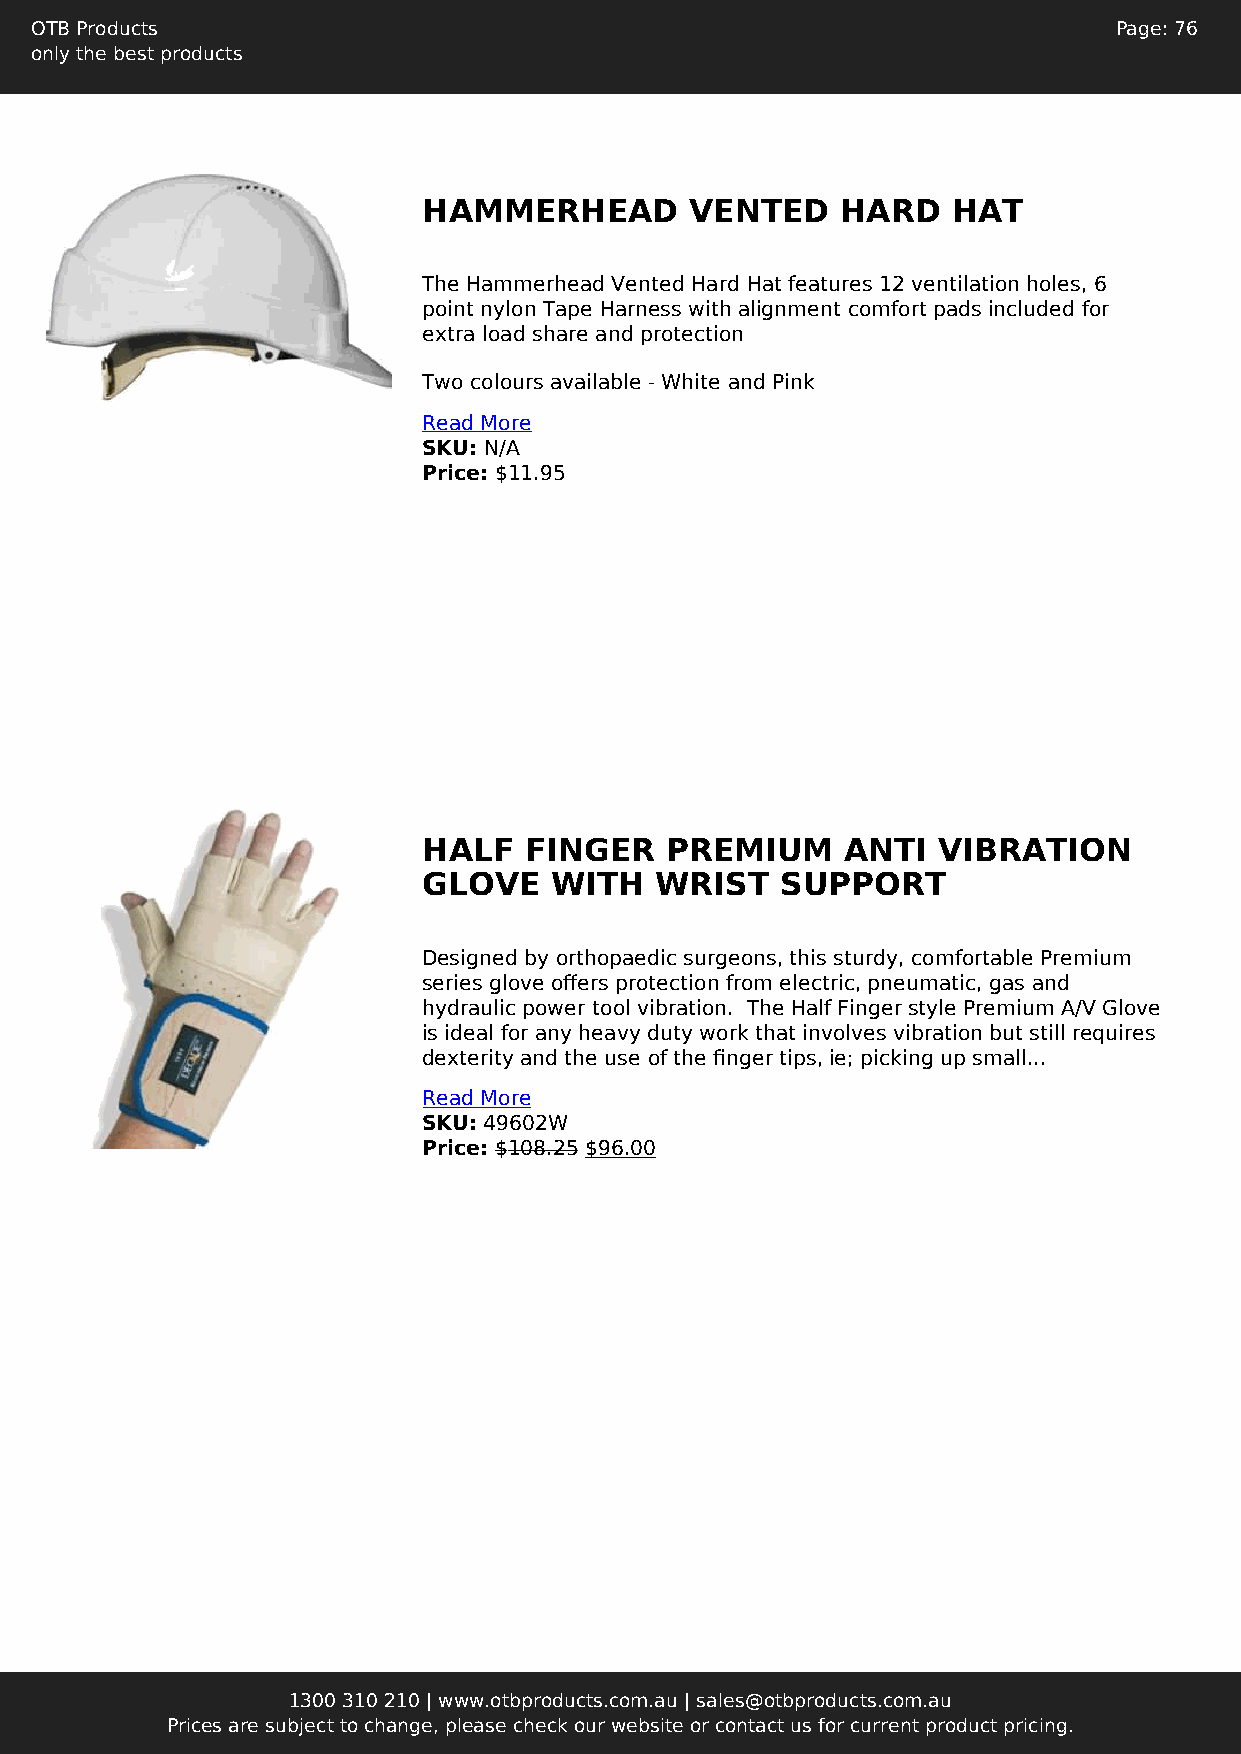
OTB Products                                                            Page: 76
 only the best products
 HAMMERHEAD        VENTED    HARD   HAT
 The Hammerhead Vented Hard Hat features 12 ventilation holes, 6
 point nylon Tape Harness with alignment comfort pads included for
 extra load share and protection
 Two colours available - White and Pink
 Read More
 SKU: N/A
 Price: $11.95
 HALF   FINGER   PREMIUM     ANTI  VIBRATION
 GLOVE   WITH   WRIST    SUPPORT
 Designed by orthopaedic surgeons, this sturdy, comfortable Premium
 series glove offers protection from electric, pneumatic, gas and
 hydraulic power tool vibration. The Half Finger style Premium A/V Glove
 is ideal for any heavy duty work that involves vibration but still requires
 dexterity and the use of the finger tips, ie; picking up small...
 Read More
 SKU: 49602W
 Price: $108.25 $96.00
 1300 310 210 | www.otbproducts.com.au | sales@otbproducts.com.au
 Prices are subject to change, please check our website or contact us for current product pricing.